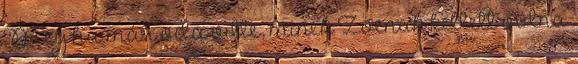
Meg ha már oda vitte, minek Zoenak kellett volna